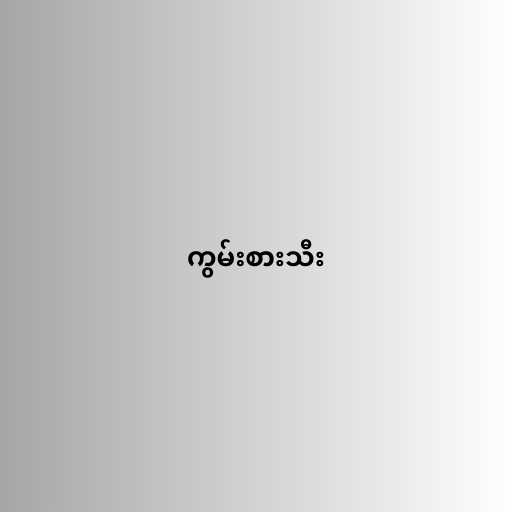
ကွမ်းစားသီး